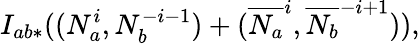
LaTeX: I_{ab*}((N_{a}^{i},N_{b}^{-i-1})+(\overline{{{N_{a}}}}^{i},\overline{{{N_{b}}}}^{-i+1})),